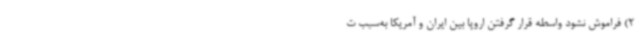
2) فراموش نشود واسطه قرار گرفتن اروپا بین ایران و آمریکا به‌سبب ت